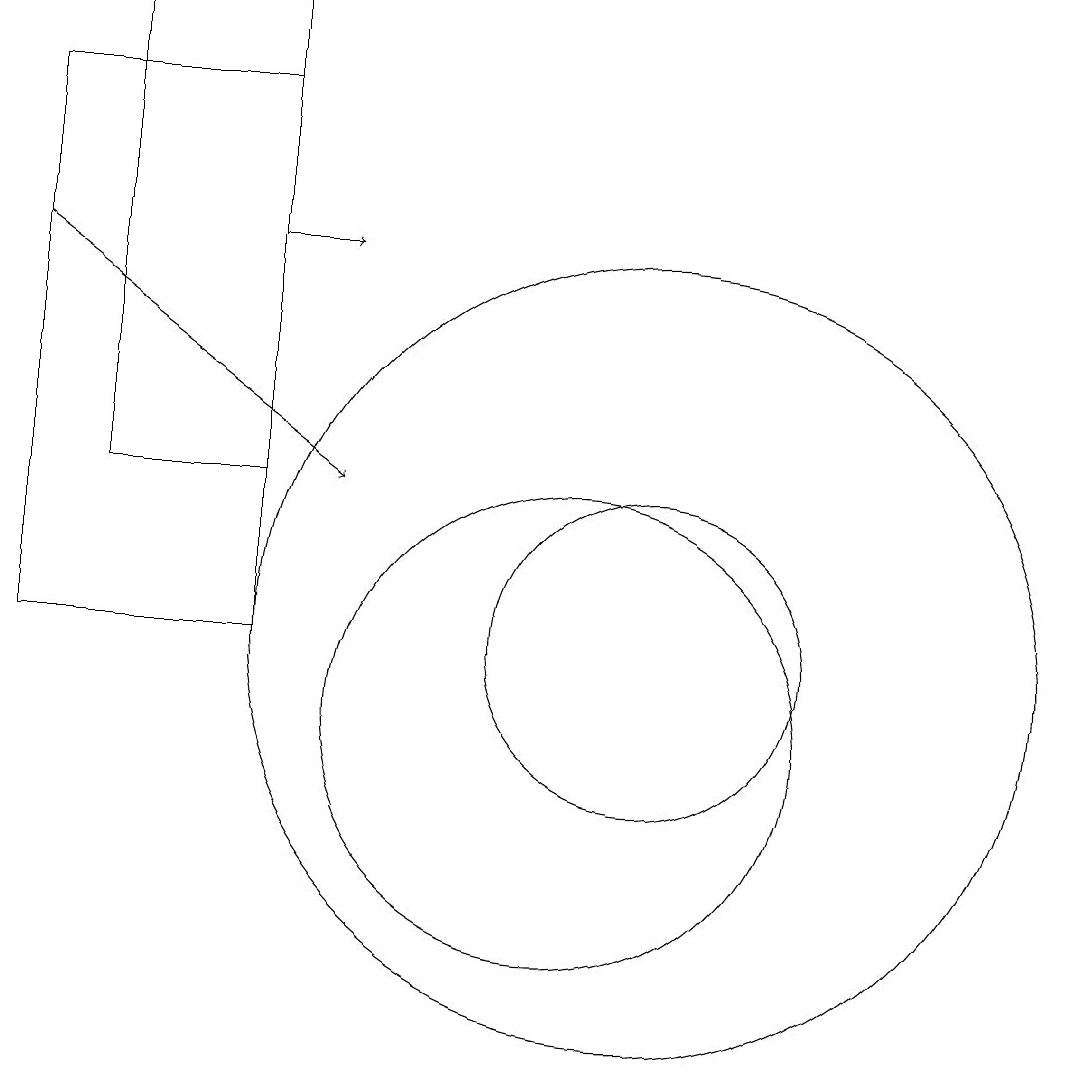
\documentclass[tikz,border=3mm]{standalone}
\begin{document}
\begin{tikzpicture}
\draw (6,11) rectangle (3,18);
\draw[->] (6,16) -- (7,16);
\draw (4,19) rectangle (6,13);
\draw (11,11) circle (5);
\draw (10,10) circle (3);
\draw[->] (3,16) -- (7,13);
\draw (11,11) circle (2);
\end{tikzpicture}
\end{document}